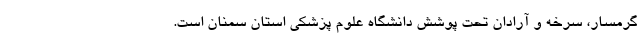
گرمسار، سرخه و آرادان تحت پوشش دانشگاه علوم پزشکی استان سمنان است.